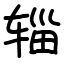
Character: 辎